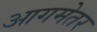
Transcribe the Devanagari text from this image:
आगमेतर